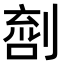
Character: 𠞌